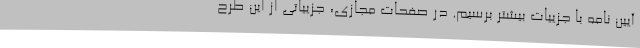
آیین نامه با جزییات بیشتر برسیم. در صفحات مجازی، جزییاتی از این طرح